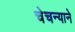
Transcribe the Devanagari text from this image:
चेचन्याने